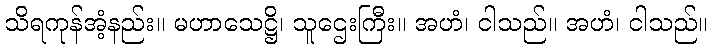
သိရကုန်အံ့နည်း။ မဟာသေဋ္ဌိ၊ သူဌေးကြီး။ အဟံ၊ ငါသည်။ အဟံ၊ ငါသည်။